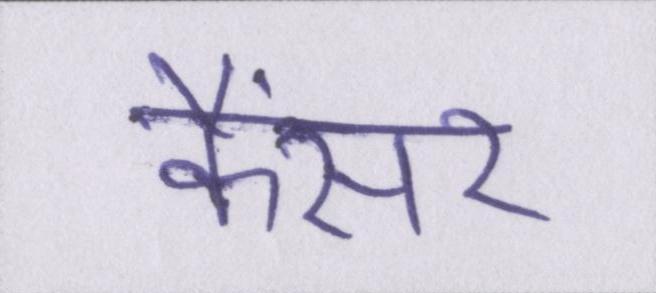
कैंसर